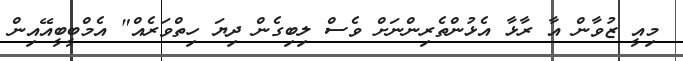
މިއީ ޒުވާން އާ ރާޅާ އެޅުންތެރިންނަށް ވެސް ލިބިގެން ދިޔަ ހިތްވަރެއް" އެމްބީބީއޭއިން